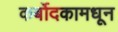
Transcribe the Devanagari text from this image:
कर्बोदकामधून